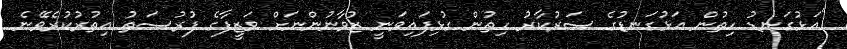
"އަޅުގަނޑު ހިތުން އަޅުގަނޑުގެ ސަރުކާރު ހިތުން ގުޅިފައިވަނީ ޒުވާނުންނަށް ވަޒީފާގެ ފުރުސަތު އިތުރުކުރެވޭނެ